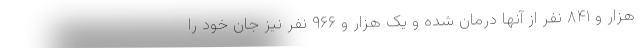
هزار و ۸۴۱ نفر از آنها درمان شده و یک هزار و ۹۶۶ نفر نیز جان خود را